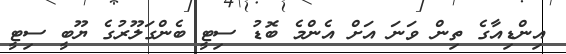
އިންޑިއާގެ ތިން ވަނަ އަށް އެންމެ ބޮޑު ސިޓީ ބެންގަލޫރުގެ ޔޫބީ ސިޓީ